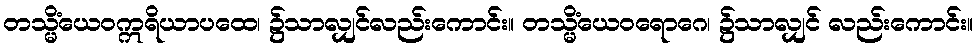
တသ္မိံယေဝဣရိယာပထေ၊ ၌သာလျှင်လည်းကောင်း။ တသ္မိံယေဝရောဂေ၊ ၌သာလျှင် လည်းကောင်း။